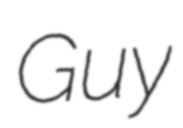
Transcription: Guy